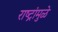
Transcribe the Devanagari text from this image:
राष्ट्रांमुळे